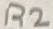
Text: R2